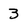
Character: 3